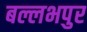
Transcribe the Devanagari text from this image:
बल्लभपुर